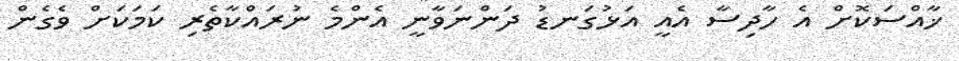
ޚާއްސަކޮށް އެ ހާދިސާ އެއީ އަޅުގަނޑު ދަންނަވާނީ އެންމެ ނުރައްކާތެރި ކަމަކަށް ވެގެން